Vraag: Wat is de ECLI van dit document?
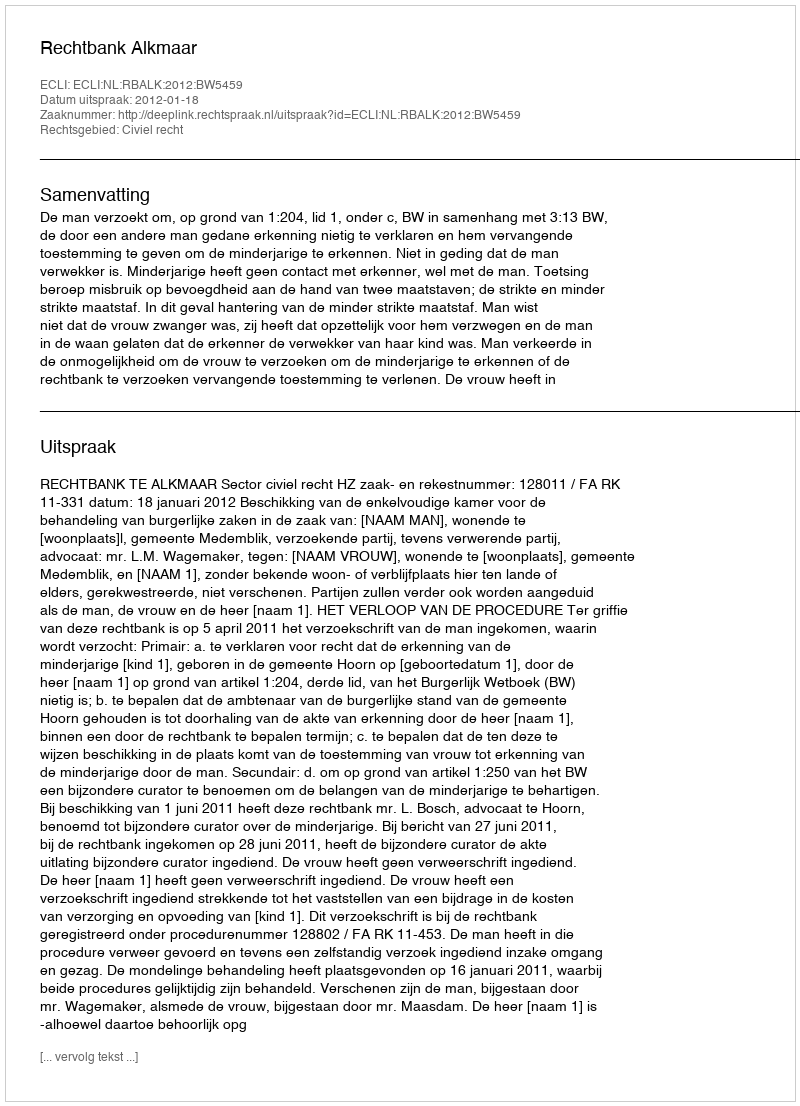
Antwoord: ECLI:NL:RBALK:2012:BW5459